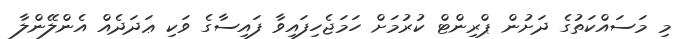
މި މަސައްކަތުގެ ދަށުން ޕްރިންޓް ކުރުމަށް ހަމަޖެހިފައިވާ ފައިސާގެ ވަކި ޢަދަދެއް އެންލޭންލާ